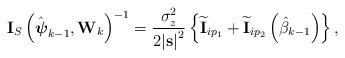
LaTeX: \begin{align*}\begin{aligned}\textbf{I}_S\left(\hat{\boldsymbol{\psi}}_{k-1}, \textbf{W}_k\right)^{-1}= \frac{{{\sigma_z ^2}}}{{2{{\lvert\textbf{s}\rvert}^2}}}\left\{ {{{\widetilde{\bf{I}}}_{i{p_1}}} + {{\widetilde{\bf{I}}}_{i{p_2}}}\left(\hat{\beta}_{k-1} \right)} \right\},\end{aligned}\end{align*}